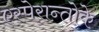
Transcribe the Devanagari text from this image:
एस्पेरान्तोके